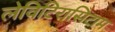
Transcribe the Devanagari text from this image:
लेविटिरासिटाम